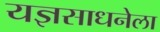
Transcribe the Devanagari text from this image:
यज्ञसाधनेला